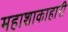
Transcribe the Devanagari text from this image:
महाशाकाहारी